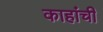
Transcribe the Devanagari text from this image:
काहांची